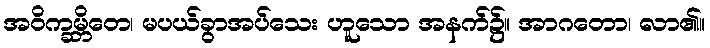
အဝိက္ခမ္ဘိတေ၊ မပယ်ခွာအပ်သေး ဟူသော အနက်၌။ အာဂတော၊ လာ၏။